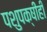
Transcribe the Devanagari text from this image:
पशुपक्षीही